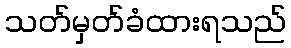
သတ်မှတ်ခံထားရသည်